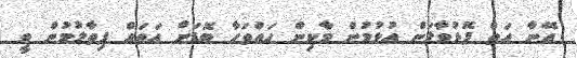
އޭނާ އަތް ފޮޅުވާލަން އުޅުމުން މާކިން ހައްތަހާ ބޮޑަށް އަތައް ފިތާލުމުން ވީ